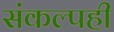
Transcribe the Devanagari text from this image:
संकल्पही